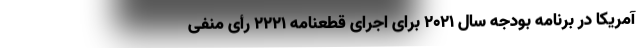
آمریکا در برنامه بودجه سال ۲۰۲۱ برای اجرای قطعنامه ۲۲۲۱ رأی منفی